Note on the mental hospitals in Burma - 1925-1940
Year: 1925
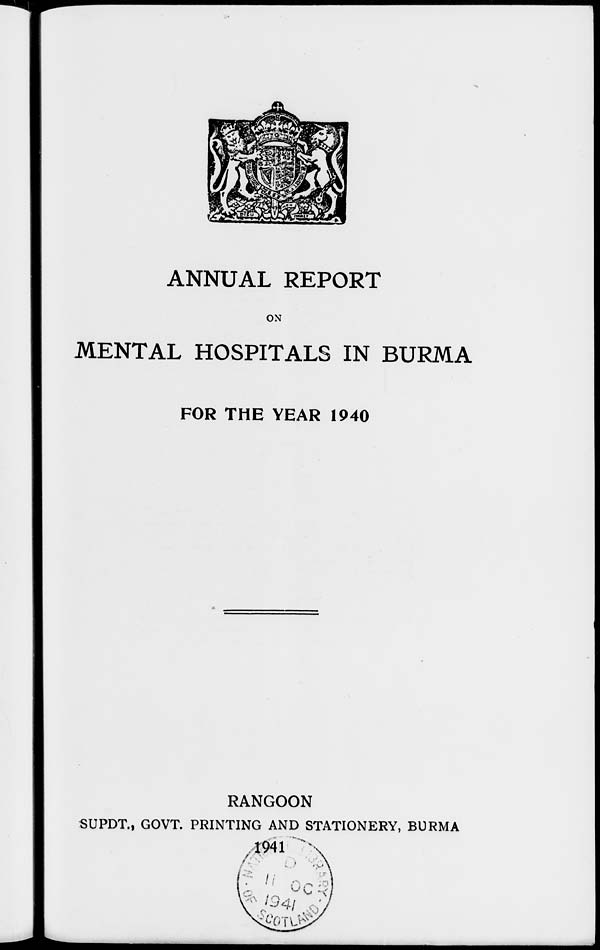
ANNUAL REPORT
ON
MENTAL HOSPITALS IN BURMA
FOR THE YEAR 1940
RANGOON
SUPDT., GOVT. PRINTING AND STATIONERY, BURMA
1941